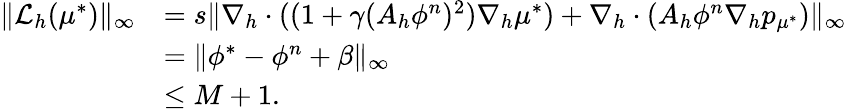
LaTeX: \begin{array}{rl}{\| \mathcal{L}_{h}(\mu^{*})\| _{\infty}}&{=s\| \nabla_{h}\cdot((1+\gamma(A_{h}\phi^{n})^{2})\nabla_{h}\mu^{*})+\nabla_{h}\cdot(A_{h}\phi^{n}\nabla_{h}p_{\mu^{*}})\| _{\infty}}\\ &{=\| \phi^{*}-\phi^{n}+\beta\| _{\infty}}\\ &{\leq M+1.}\end{array}